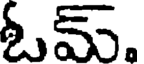
ఓమ్.